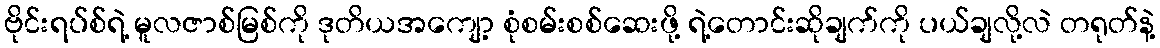
ဗိုင်းရပ်စ်ရဲ့ မူလဇာစ်မြစ်ကို ဒုတိယအကျော့ စုံစမ်းစစ်ဆေးဖို့ ရဲ့တောင်းဆိုချက်ကို ပယ်ချလို့လဲ တရုတ်နဲ့